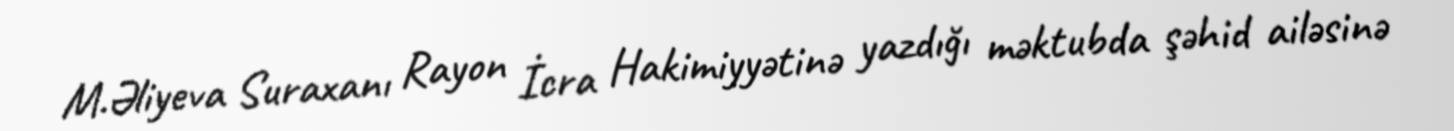
M.Əliyeva Suraxanı Rayon İcra Hakimiyyətinə yazdığı məktubda şəhid ailəsinə